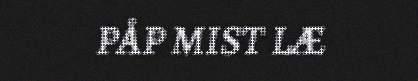
PÅP MIST LÆ